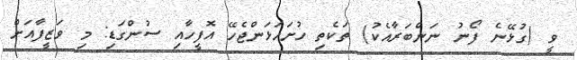
ވީ (ގުޅޭނެ ފޯނު ނަންބަރާއެކު) ތަކެތި ހުށަހަޅަންޖެހޭ އޮފީހާއި ސުންގަޑި: މި ވަޒީފާއަށް